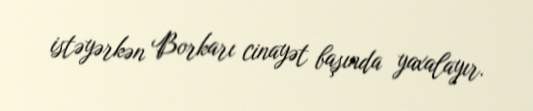
istəyərkən Borkarı cinayət başında yaxalayır.